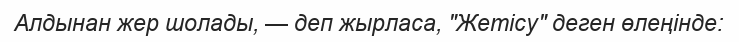
Алдынан жер шолады, — деп жырласа, "Жетісу" деген өлеңінде: